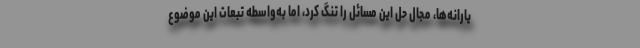
یارانه‌ها، مجال حل این مسائل را تنگ کرد، اما به‌واسطه تبعات این موضوع